Lunatic asylums in Bengal annual reports 1912-1924 - 1912-1924
Year: 1912
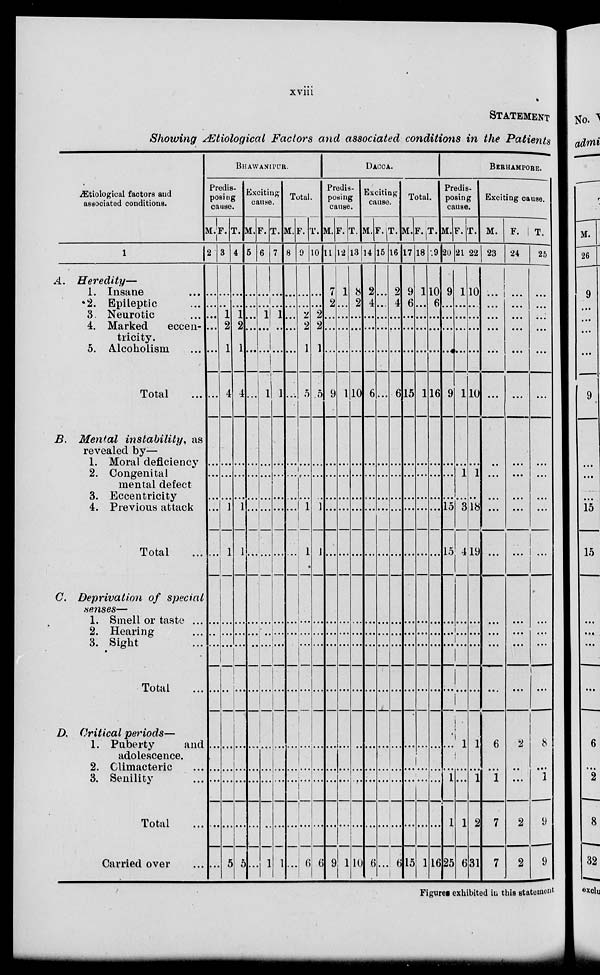
xviii
STATEMENT
Showing Ætiological Factors and associated conditions in the Patients
Ætiological factors and
associated conditions.
1
A. Heredity—
1. Insane ...
2. Epileptic ...
3 Neurotic ...
4. Marked
eccen-
tricity.
5. Alcoholism ...
Total ...
B. Mental instability, as
revealed by—
1. Moral deficiency
2. Congenital
mental defect
3. Eccentricity
4. Previous attack
Total ...
C. Deprivation of special
senses—
1. Smell or taste ...
2. Hearing ...
3. Sight ...
Total ...
D. Critical periods—
1. Puberty
and
adolescence.
2. Climacteric ...
3. Senility ...
Total ...
Carried over ...
BHAWANIPUR.
Predis-
posing
cause.
M.
2
...
...
...
...
.. .
...
...
...
...
...
...
...
...
...
...
...
...
...
...
...
F.
3
...
...
1
2
1
4
...
...
...
1
1
...
...
...
...
...
...
...
...
5
T.
4
...
...
1
2
1
4
...
...
...
1
1
...
...
...
...
...
...
...
...
5
Exciting
cause.
M.
5
...
...
...
...
...
...
...
...
...
...
...
...
...
...
...
...
...
...
...
...
F.
6
...
...
1
...
...
1
...
...
...
...
...
...
...
...
...
...
...
...
...
1
T.
7
...
...
1
...
...
1
...
...
...
...
...
...
...
...
...
...
...
...
...
1
Total.
M.
8
...
...
...
...
...
...
...
...
...
...
...
...
...
...
...
...
...
...
...
...
F.
9
...
...
2
2
1
5
...
...
...
1
1
...
...
...
...
...
...
...
...
6
T.
10
...
...
2
2
1
5
...
...
...
1
1
...
...
...
...
...
...
...
...
6
DACCA.
Predis-
posing
cause.
M.
11
7
2
...
...
...
9
...
...
...
...
...
...
...
...
...
...
...
...
...
9
F.
12
1
.. .
...
...
...
1
...
...
...
...
...
...
...
...
...
...
...
...
...
1
T.
13
8
2
...
...
...
10
...
...
...
...
...
...
...
...
...
...
...
...
...
10
Exciting
cause.
M.
14
2
4
...
...
...
6
...
...
...
...
...
...
...
...
...
...
...
...
...
6
F.
15
...
...
...
...
...
...
...
...
...
...
...
...
...
...
...
...
...
...
...
...
T.
16
2
4
...
...
...
6
...
...
...
...
...
...
...
...
...
...
...
...
...
6
Total.
M.
17
9
6
...
...
...
15
...
...
...
...
...
...
...
...
...
...
...
...
...
15
F.
18
1
...
...
...
...
1
...
...
...
...
...
...
...
...
...
...
...
...
...
1
T.
19
10
6
...
...
...
16
...
...
...
...
...
...
...
...
...
...
...
...
...
16
BERHAMPORE.
Predis-
posing
cause.
M.
20
9
...
...
...
...
9
...
...
...
15
15
...
...
...
...
...
...
1
1
25
F.
21
1
...
...
...
...
1
...
1
...
3
4
...
...
...
...
1
...
...
1
6
T.
22
10
...
...
...
...
10
...
1
...
18
19
...
...
...
...
1
...
1
2
31
Exciting cause.
M.
23
...
...
...
...
...
...
...
...
...
...
...
...
...
...
...
6
...
1
7
7
F.
24
...
...
...
...
...
...
...
...
...
...
...
...
...
...
...
2
...
...
2
2
T.
25
...
...
...
...
...
...
...
...
...
...
...
...
...
...
...
8
...
1
9
9
Figures exhibited in this statement